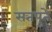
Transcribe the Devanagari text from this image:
सतपुते